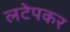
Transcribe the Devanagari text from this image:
लटेपकर